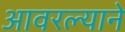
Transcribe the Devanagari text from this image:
आवरल्याने